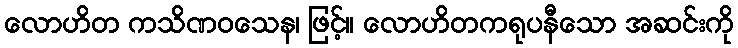
လောဟိတ ကသိဏဝသေန၊ ဖြင့်။ လောဟိတကရုပနီသော အဆင်းကို